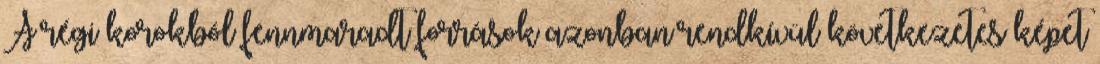
A régi korokból fennmaradt források azonban rendkívül következetes képet